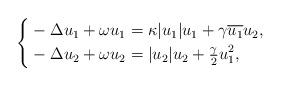
LaTeX: \begin{align*}\left\{\begin{aligned}&-\Delta u_1 + \omega u_1 = \kappa |u_1|u_1 + \gamma \overline{u_1} u_2, \\&-\Delta u_2 + \omega u_2 = |u_2|u_2 + \tfrac{\gamma}2 u_1^2,\end{aligned}\right.\end{align*}